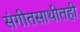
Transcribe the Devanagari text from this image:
संगीतसाथीतही